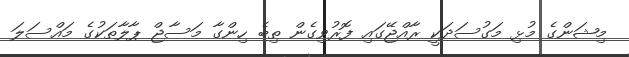
މިޝަންގެ މުޅި މަގުސަދަކީ ރާއްޖޭގައި ފޮރުވިގެން ތިބެ ހިންގާ މަސާޖް ޕާލާތަކުގެ މައްސަލަ